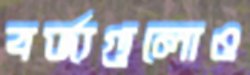
বর্জ্যগুলোও